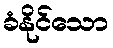
ခံနိုင်သော